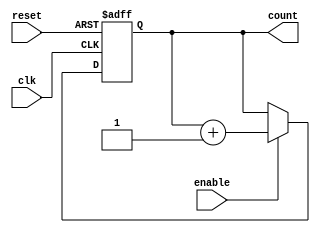
module async_reset_sync_counter (
    input wire clk,            // Clock signal
    input wire reset,          // Asynchronous reset signal
    input wire enable,         // Enable signal for counting
    output reg [n-1:0] count   // Count output (n-bit wide)
);

// Parameter to define the width of the counter
parameter n = 4; // Adjust this value as needed

// Asynchronous Reset and Synchronous Counting
always @(posedge clk or posedge reset) begin
    if (reset) begin
        count <= 0; // Reset count to 0
    end else if (enable) begin
        count <= count + 1; // Increment count
    end
    // If enable is low, count retains its value.
end

endmodule